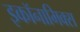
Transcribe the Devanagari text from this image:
इकॉनामिक्स